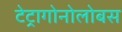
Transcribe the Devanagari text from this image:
टेट्रागोनोलोबस